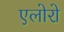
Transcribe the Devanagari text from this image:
एलोरो